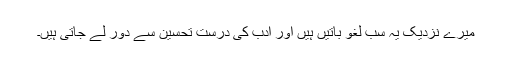
میرے نزدیک یہ سب لغو باتیں ہیں اور ادب کی درست تحسین سے دور لے جاتی ہیں۔